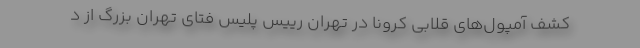
کشف آمپول‌های قلابی کرونا در تهران رییس پلیس فتای تهران بزرگ از د